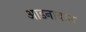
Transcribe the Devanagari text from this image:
आडनावात